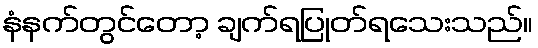
နံနက်တွင်တော့ ချက်ရပြုတ်ရသေးသည်။